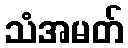
သံအမတ်